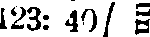
123: 4/ #